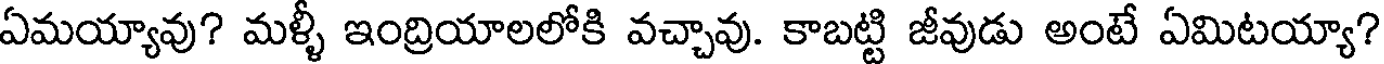
ఏమయ్యావు? మళ్ళీ ఇంద్రియాలలోకి వచ్చావు. కాబట్టి జీవుడు అంటే ఏమిటయ్యా?